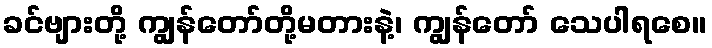
ခင်ဗျားတို့ ကျွန်တော်တို့မတားနဲ့၊ ကျွန်တော် သေပါရစေ။